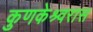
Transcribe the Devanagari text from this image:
कुणकेश्र्वरास